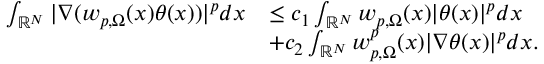
\begin{array} { r l } { \int _ { \mathbb { R } ^ { N } } | \nabla ( w _ { p , \Omega } ( x ) \theta ( x ) ) | ^ { p } d x } & { \le c _ { 1 } \int _ { \mathbb { R } ^ { N } } w _ { p , \Omega } ( x ) | \theta ( x ) | ^ { p } d x } \\ & { + c _ { 2 } \int _ { \mathbb { R } ^ { N } } w _ { p , \Omega } ^ { p } ( x ) | \nabla \theta ( x ) | ^ { p } d x . } \end{array}